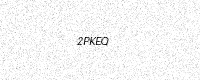
Text: 2PKEQ